Annual report on the Civil Veterinary Department, Burma (including the Insein Veterinary School) - 1932-1941
Year: 1932
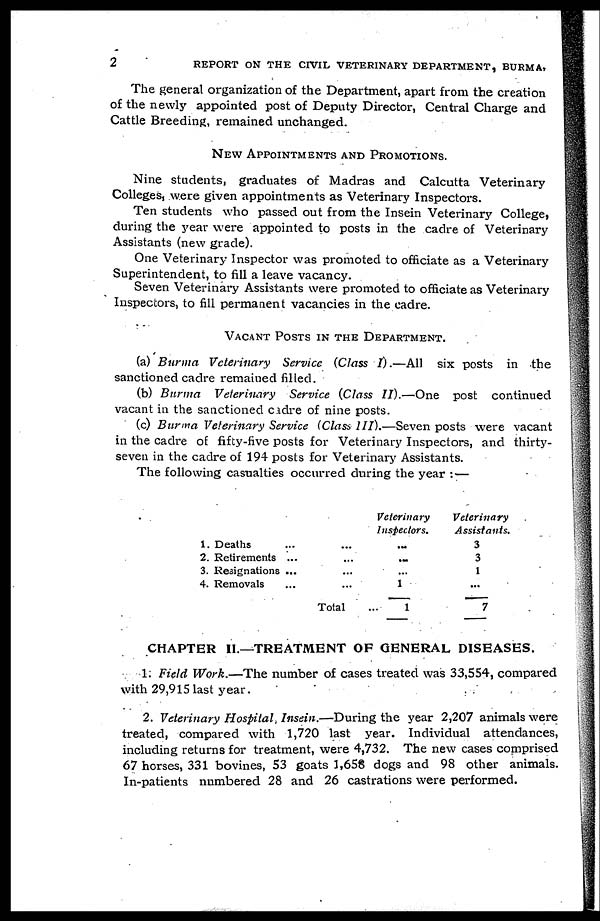
2
REPORT ON THE CIVIL VETERINARY DEPARTMENT, BURMA,
The general organization of the Department, apart from the creation
of the newly appointed post of Deputy Director, Central Charge and
Cattle Breeding, remained unchanged.
NEW APPOINTMENTS AND PROMOTIONS.
Nine students, graduates of Madras and Calcutta Veterinary
Colleges, were given appointments as Veterinary Inspectors.
Ten students who passed out from the Insein Veterinary College,
during the year were appointed to posts in the cadre of Veterinary
Assistants (new grade).
One Veterinary Inspector was promoted to officiate as a Veterinary
Superintendent, to fill a leave vacancy.
Seven Veterinary Assistants were promoted to officiate as Veterinary
Inspectors, to fill permanent vacancies in the cadre.
VACANT POSTS IN THE DEPARTMENT.
(a) Burma Veterinary Service (Class I).—All six posts in the
sanctioned cadre remained filled.
(b) Burma Veterinary Service (Class II).—One post continued
vacant in the sanctioned cadre of nine posts.
(c) Burma Veterinary Service (Class III).—Seven posts were vacant
in the cadre of fifty-five posts for Veterinary Inspectors, and thirty-
seven in the cadre of 194 posts for Veterinary Assistants.
The following casualties occurred during the year :—
1. Deaths ... ...
2. Retirements ... ...
3. Resignations ... ...
4. Removals ... ...
Total ...
Veterinary
Inspectors.
...
...
...
1
1
Veterinary
Assistants.
3
3
1
...
7
CHAPTER II.—TREATMENT OF GENERAL DISEASES.
1. Field Work.—The number of cases treated was 33,554, compared
with 29,915 last year.
2. Veterinary Hospital, Insein.—During the year 2,207 animals were
treated, compared with 1,720 last year. Individual attendances,
including returns for treatment, were 4,732. The new cases comprised
67 horses, 331 bovines, 53 goats 1,658 dogs and 98 other animals.
In-patients numbered 28 and 26 castrations were performed.